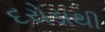
દરોડાથી